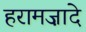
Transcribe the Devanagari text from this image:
हरामज़ादे